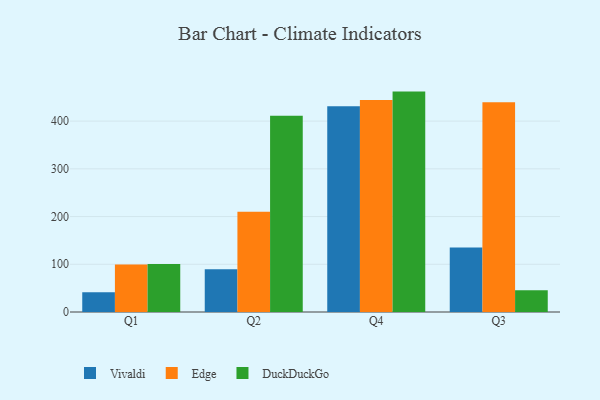
{"axis": {"x": "Quarter", "y": "Market Share (%)"}, "legend": ["DuckDuckGo", "Edge", "Vivaldi"], "data": [{"x": "Q1", "y": 41.2, "type": "Vivaldi"}, {"x": "Q1", "y": 99.3, "type": "Edge"}, {"x": "Q1", "y": 100.7, "type": "DuckDuckGo"}, {"x": "Q2", "y": 89.7, "type": "Vivaldi"}, {"x": "Q2", "y": 210.1, "type": "Edge"}, {"x": "Q2", "y": 411.2, "type": "DuckDuckGo"}, {"x": "Q4", "y": 431.4, "type": "Vivaldi"}, {"x": "Q4", "y": 444.4, "type": "Edge"}, {"x": "Q4", "y": 461.9, "type": "DuckDuckGo"}, {"x": "Q3", "y": 135.4, "type": "Vivaldi"}, {"x": "Q3", "y": 439.4, "type": "Edge"}, {"x": "Q3", "y": 45.6, "type": "DuckDuckGo"}]}